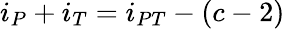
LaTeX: i_{P}+i_{T}=i_{PT}-(c-2)